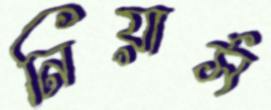
নিয়ার্স